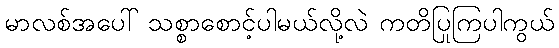
မာလစ်အပေါ် သစ္စာစောင့်ပါမယ်လို့လဲ ကတိပြုကြပါကွယ်